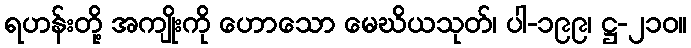
ရဟန်းတို့ အကျိုးကို ဟောသော မေဃိယသုတ်၊ ပါ-၁၉၉၊ ဋ္ဌ-၂၁၀။